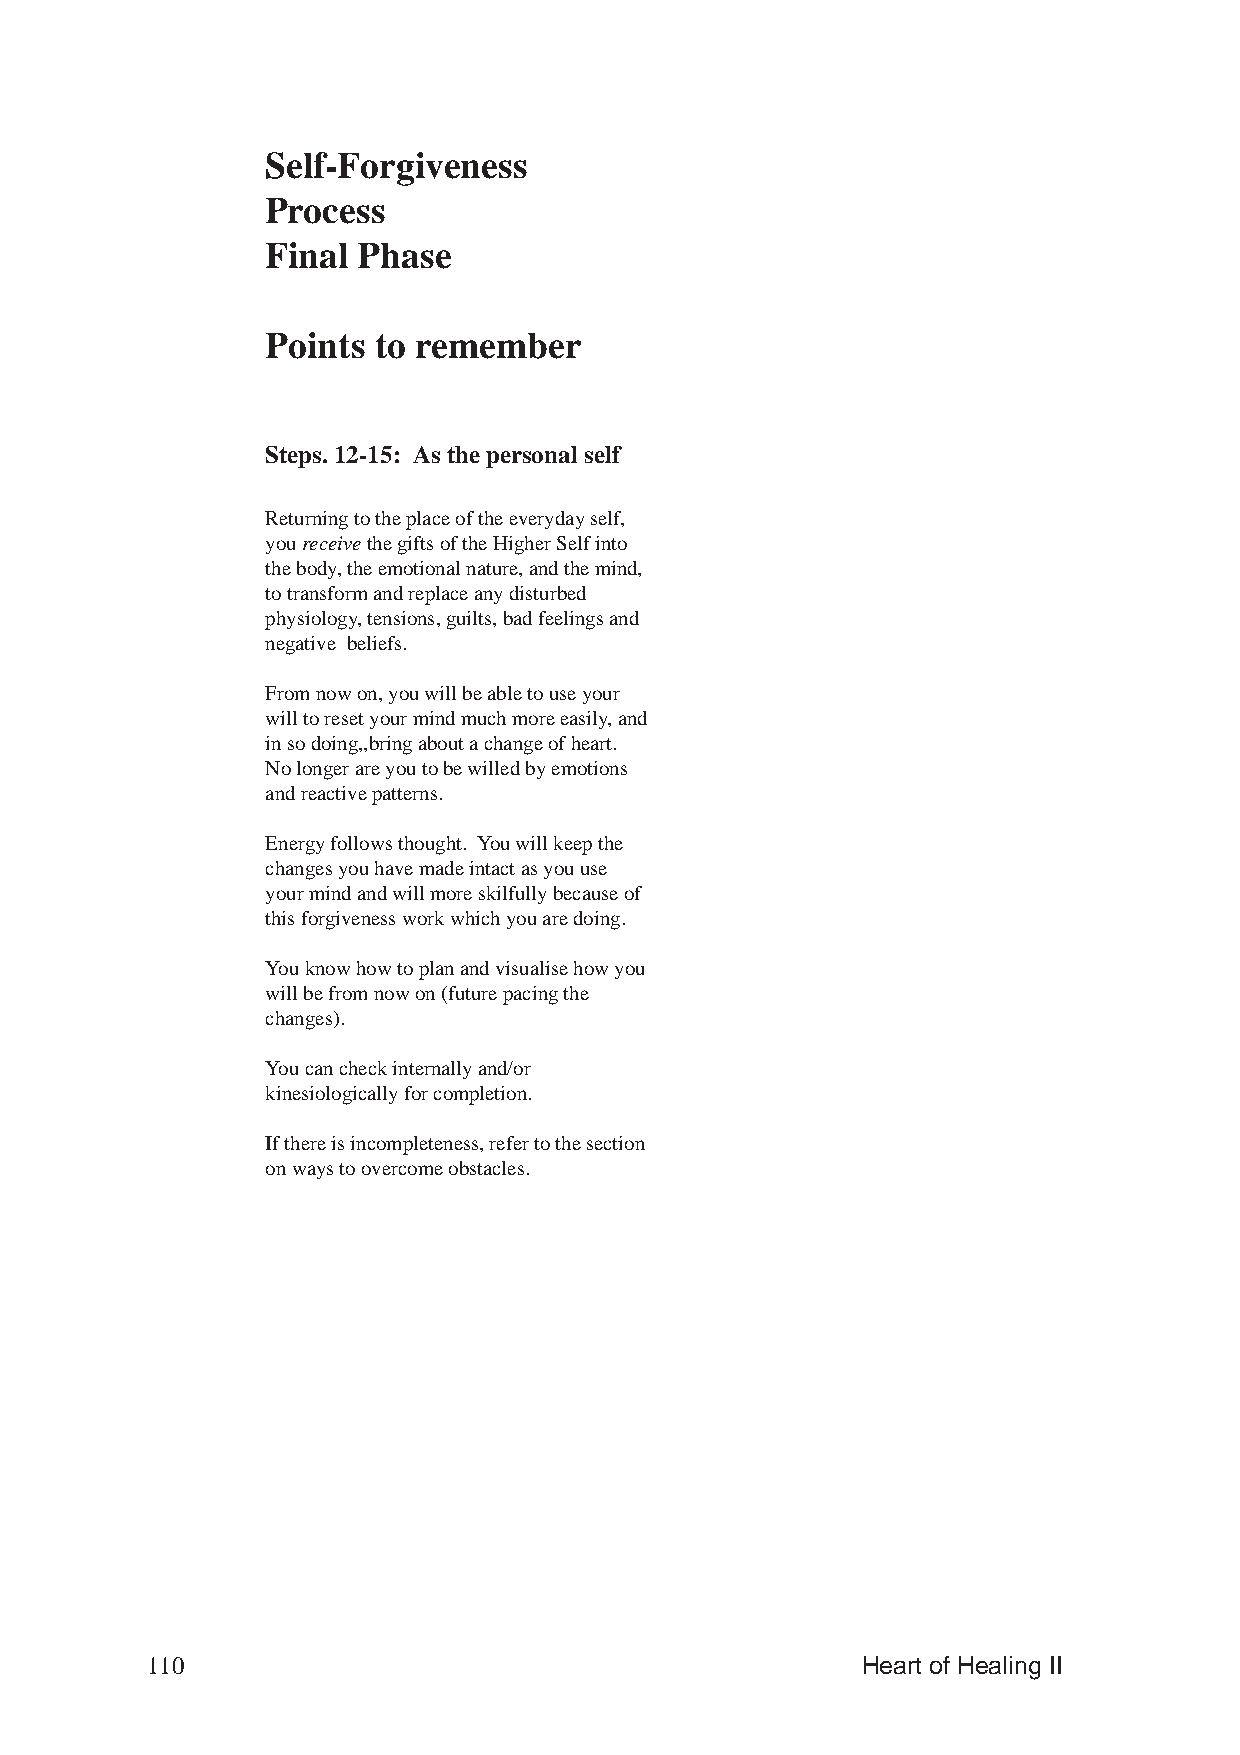
Self-Forgiveness
 Process
 Final Phase
 Points to remember
 Steps. 12-15: As the personal self
 Returning to the place of the everyday self,
 you receive the gifts of the Higher Self into
 the body, the emotional nature, and the mind,
 to transform and replace any disturbed
 physiology, tensions, guilts, bad feelings and
 negative beliefs.
 From now on, you will be able to use your
 will to reset your mind much more easily, and
 in so doing,,bring about a change of heart.
 No longer are you to be willed by emotions
 and reactive patterns.
 Energy follows thought. You will keep the
 changes you have made intact as you use
 your mind and will more skilfully because of
 this forgiveness work which you are doing.
 You know how to plan and visualise how you
 will be from now on (future pacing the
 changes).
 You can check internally and/or
 kinesiologically for completion.
 If there is incompleteness, refer to the section
 on ways to overcome obstacles.
 110                                            Heart of Healing II